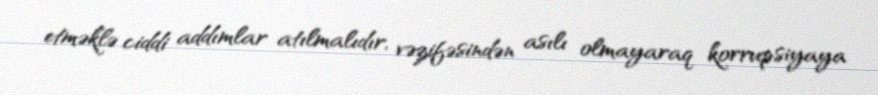
etməklə ciddi addımlar atılmalıdır, vəzifəsindən asılı olmayaraq korrupsiyaya